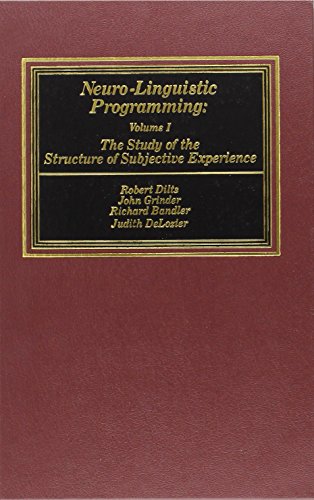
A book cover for Neuro-Linguistic Programming: Volume I (The Study of the Structure of Subjective Experience); Robert Dilts; Self-Help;